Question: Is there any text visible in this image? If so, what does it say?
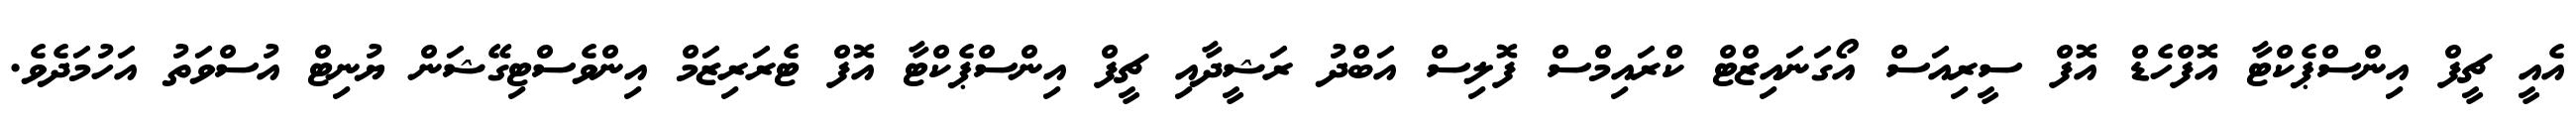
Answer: އެއީ ޗީފް އިންސްޕެކްޓާ އޮފްހެޑް އޮފް ސީރިއަސް އޯގަނައިޒްޓް ކްރައިމްސް ފޮލިސް އަބްދު ރަޝީދާއި ޗީފް އިންސްޕެކްޓާ އޮފް ޓެރަރިޒަމް އިންވެސްޓިގޭޝަން ޔުނިޓް އުސްވަތު އަހުމަދެވެ.